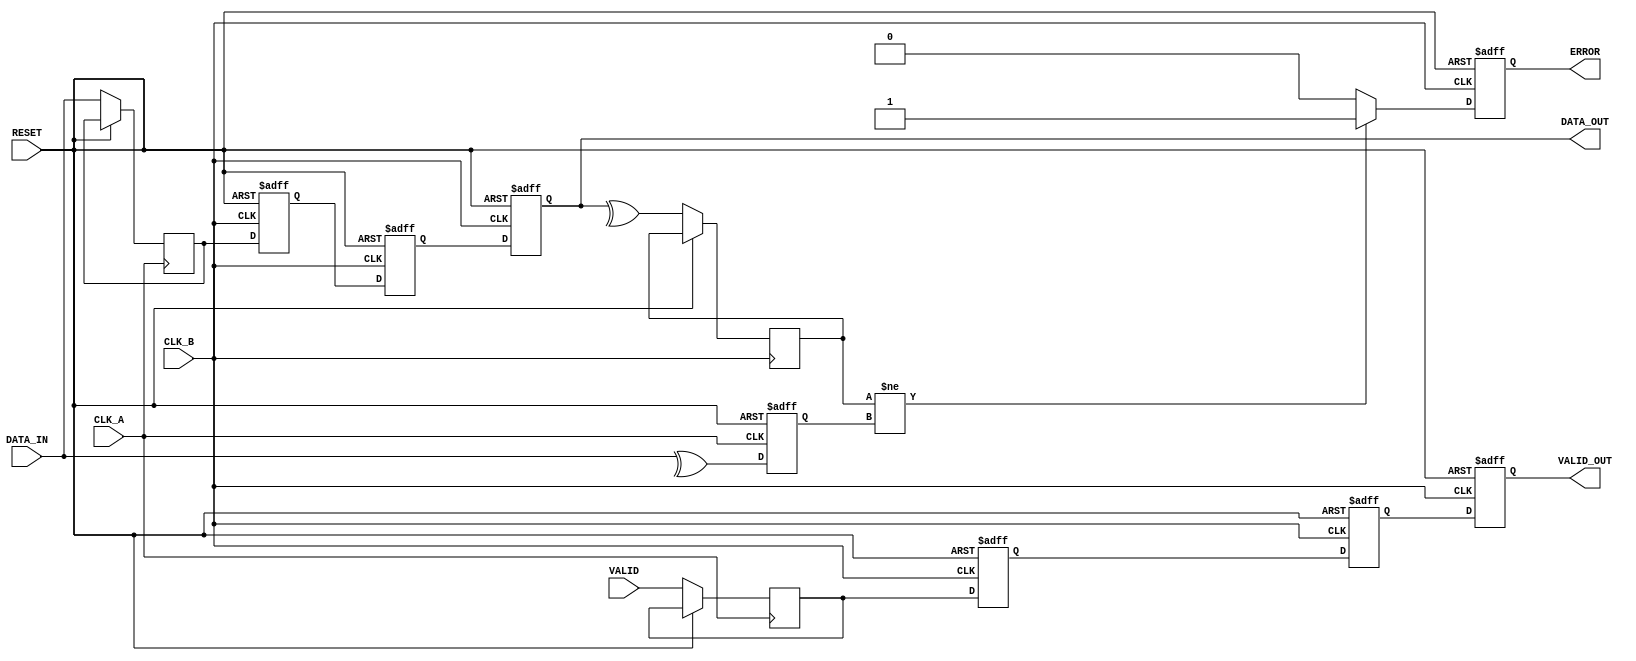
module cdc_with_error_detection (
    input wire CLK_A,          // Source clock
    input wire CLK_B,          // Destination clock
    input wire RESET,          // Reset signal
    input wire [7:0] DATA_IN,  // Input data
    input wire VALID,          // Valid signal
    output reg [7:0] DATA_OUT, // Synchronized output data
    output reg VALID_OUT,      // Synchronized valid signal
    output reg ERROR           // Error signal
);

// Internal signals
reg [7:0] data_reg;
reg valid_reg;
reg parity_bit;
reg parity_check;

// Parity calculation in CLK_A domain
always @(posedge CLK_A or posedge RESET) begin
    if (RESET) begin
        parity_bit <= 0;
    end else begin
        parity_bit <= ^DATA_IN; // Calculate parity
        data_reg <= DATA_IN;    // Register the data
        valid_reg <= VALID;      // Register the valid signal
    end
end

// Dual Flip-Flop Synchronizer for data and valid signal
reg [7:0] data_sync_1, data_sync_2;
reg valid_sync_1, valid_sync_2;

// Synchronize data and valid signal to CLK_B domain
always @(posedge CLK_B or posedge RESET) begin
    if (RESET) begin
        data_sync_1 <= 0;
        data_sync_2 <= 0;
        valid_sync_1 <= 0;
        valid_sync_2 <= 0;
        DATA_OUT <= 0;
        VALID_OUT <= 0;
        ERROR <= 0;
    end else begin
        // First stage of synchronization
        data_sync_1 <= data_reg;
        valid_sync_1 <= valid_reg;

        // Second stage of synchronization
        data_sync_2 <= data_sync_1;
        valid_sync_2 <= valid_sync_1;

        // Assign synchronized outputs
        DATA_OUT <= data_sync_2;
        VALID_OUT <= valid_sync_2;

        // Parity check in CLK_B domain
        parity_check <= ^DATA_OUT; // Calculate parity of received data
        ERROR <= (parity_check != parity_bit) ? 1'b1 : 1'b0; // Set error if parity doesn't match
    end
end

endmodule